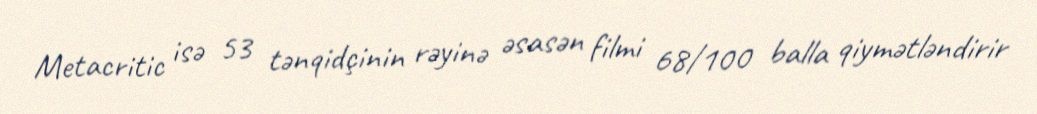
Metacritic isə 53 tənqidçinin rəyinə əsasən filmi 68/100 balla qiymətləndirir